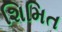
શિમિત